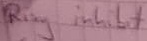
Text: Ring inhibit